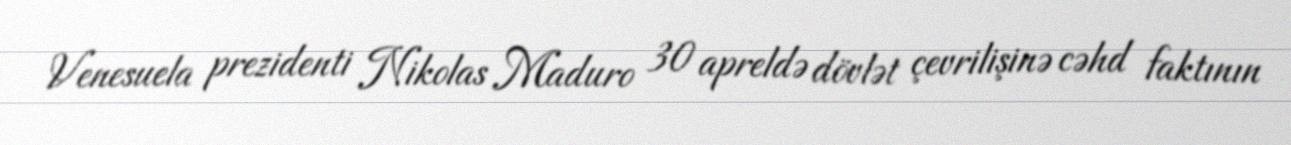
Venesuela prezidenti Nikolas Maduro 30 apreldə dövlət çevrilişinə cəhd faktının